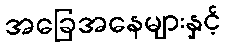
အခြေအနေများနှင့်